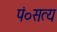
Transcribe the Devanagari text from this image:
पं०सत्य